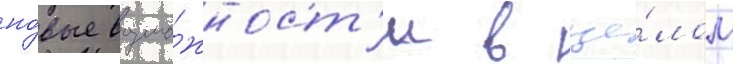
но́вые возмо́жност'и в це́лом